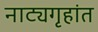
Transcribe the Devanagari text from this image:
नाट्यगृहांत